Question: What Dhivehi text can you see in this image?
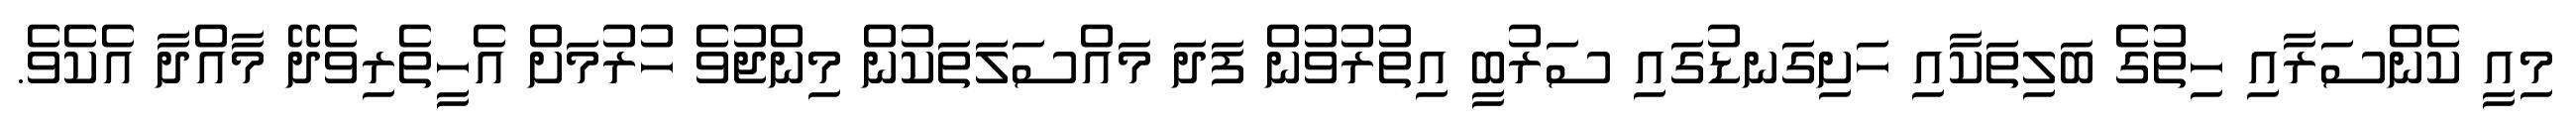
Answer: މިއީ ކެންސަރާއި ހިތުގެ ބަލިތަކާއި ހަށިގަނޑުގައި ސަރުބީ އިތުރުވުން ފަދަ މައްސަލަތަކުން މިންޖުވެ ހުރުމަށް އެހީތެރިވެދޭ މާއްދާ އެކެވެ.